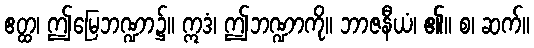
ဧတ္ထ၊ ဤမြေဘဏ္ဍာ၌။ ဣဒံ၊ ဤဘဏ္ဍာကို။ ဘာဇနီယံ၊ ၏။ စ၊ ဆက်။